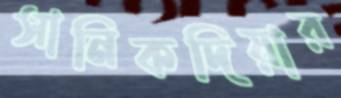
সানিকদিয়ার